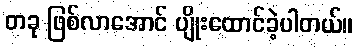
တခု ဖြစ်လာအောင် ပျိုးထောင်ခဲ့ပါတယ်။